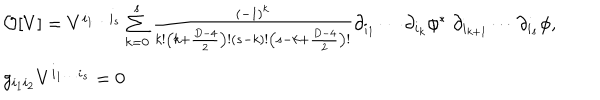
LaTeX: \begin{array} { l } { { { \cal O } [ V ] = V ^ { i _ { 1 } \ldots i _ { s } } \sum _ { k = 0 } ^ { s } { \frac { ( - 1 ) ^ { k } } { k ! \left( k + { \frac { D - 4 } { 2 } } \right) ! ( s - k ) ! \left( s - k + { \frac { D - 4 } { 2 } } \right) ! } } \partial _ { i _ { 1 } } \cdots \partial _ { i _ { k } } \phi ^ { * } \; \partial _ { i _ { k + 1 } } \cdots \partial _ { i _ { s } } \phi , } } \\ { { g _ { i _ { 1 } i _ { 2 } } V ^ { i _ { 1 } \ldots i _ { s } } = 0 } } \\ \end{array}